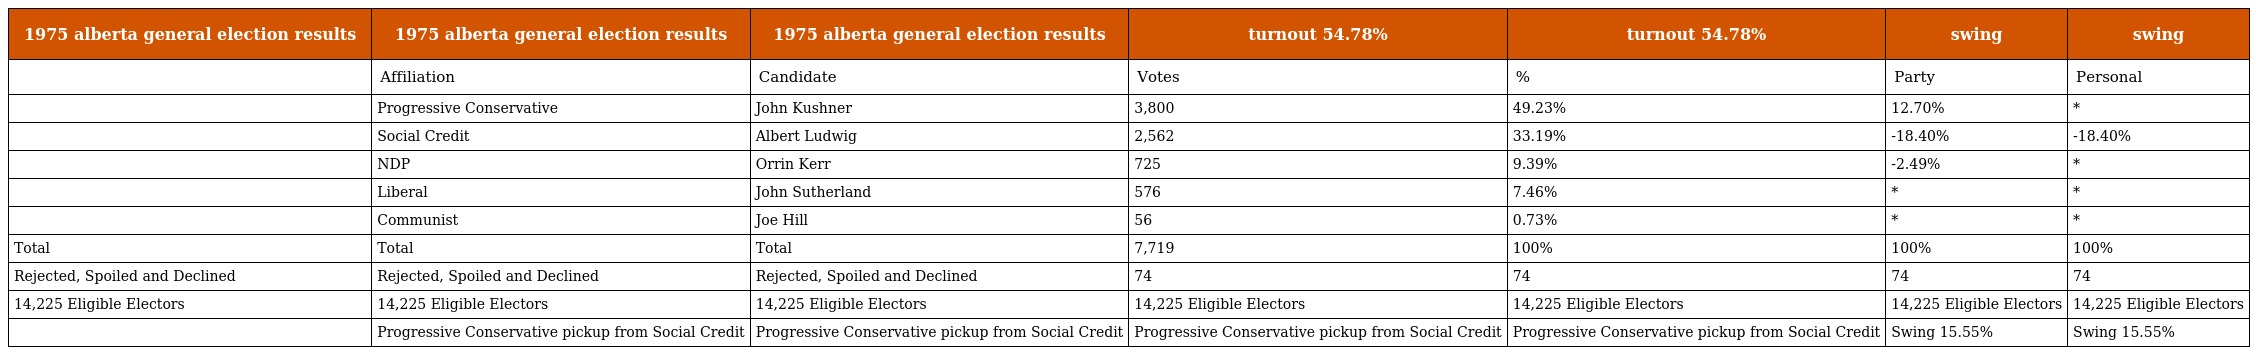
| 1975 alberta general election results | 1975 alberta general election results | 1975 alberta general election results | turnout 54.78% | turnout 54.78% | swing | swing |
 | --- | --- | --- | --- | --- | --- | --- |
 |  | Affiliation | Candidate | Votes | % | Party | Personal |
 |  | Progressive Conservative | John Kushner | 3,800 | 49.23% | 12.70% | * |
 |  | Social Credit | Albert Ludwig | 2,562 | 33.19% | -18.40% | -18.40% |
 |  | NDP | Orrin Kerr | 725 | 9.39% | -2.49% | * |
 |  | Liberal | John Sutherland | 576 | 7.46% | * | * |
 |  | Communist | Joe Hill | 56 | 0.73% | * | * |
 | Total | Total | Total | 7,719 | 100% | 100% | 100% |
 | Rejected, Spoiled and Declined | Rejected, Spoiled and Declined | Rejected, Spoiled and Declined | 74 | 74 | 74 | 74 |
 | 14,225 Eligible Electors | 14,225 Eligible Electors | 14,225 Eligible Electors | 14,225 Eligible Electors | 14,225 Eligible Electors | 14,225 Eligible Electors | 14,225 Eligible Electors |
 |  | Progressive Conservative pickup from Social Credit | Progressive Conservative pickup from Social Credit | Progressive Conservative pickup from Social Credit | Progressive Conservative pickup from Social Credit | Swing 15.55% | Swing 15.55% |